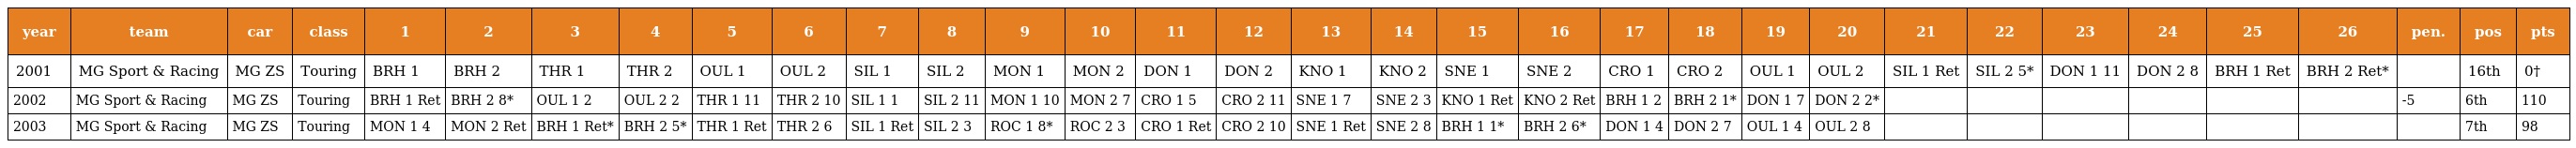
| year | team | car | class | 1 | 2 | 3 | 4 | 5 | 6 | 7 | 8 | 9 | 10 | 11 | 12 | 13 | 14 | 15 | 16 | 17 | 18 | 19 | 20 | 21 | 22 | 23 | 24 | 25 | 26 | pen. | pos | pts |
 | --- | --- | --- | --- | --- | --- | --- | --- | --- | --- | --- | --- | --- | --- | --- | --- | --- | --- | --- | --- | --- | --- | --- | --- | --- | --- | --- | --- | --- | --- | --- | --- | --- |
 | 2001 | MG Sport & Racing | MG ZS | Touring | BRH 1 | BRH 2 | THR 1 | THR 2 | OUL 1 | OUL 2 | SIL 1 | SIL 2 | MON 1 | MON 2 | DON 1 | DON 2 | KNO 1 | KNO 2 | SNE 1 | SNE 2 | CRO 1 | CRO 2 | OUL 1 | OUL 2 | SIL 1 Ret | SIL 2 5* | DON 1 11 | DON 2 8 | BRH 1 Ret | BRH 2 Ret* |  | 16th | 0† |
 | 2002 | MG Sport & Racing | MG ZS | Touring | BRH 1 Ret | BRH 2 8* | OUL 1 2 | OUL 2 2 | THR 1 11 | THR 2 10 | SIL 1 1 | SIL 2 11 | MON 1 10 | MON 2 7 | CRO 1 5 | CRO 2 11 | SNE 1 7 | SNE 2 3 | KNO 1 Ret | KNO 2 Ret | BRH 1 2 | BRH 2 1* | DON 1 7 | DON 2 2* |  |  |  |  |  |  | -5 | 6th | 110 |
 | 2003 | MG Sport & Racing | MG ZS | Touring | MON 1 4 | MON 2 Ret | BRH 1 Ret* | BRH 2 5* | THR 1 Ret | THR 2 6 | SIL 1 Ret | SIL 2 3 | ROC 1 8* | ROC 2 3 | CRO 1 Ret | CRO 2 10 | SNE 1 Ret | SNE 2 8 | BRH 1 1* | BRH 2 6* | DON 1 4 | DON 2 7 | OUL 1 4 | OUL 2 8 |  |  |  |  |  |  |  | 7th | 98 |